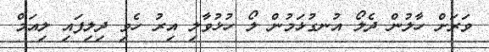
ވަަރަށް ހާލުން ދެލޯ އުނގުޅަމުން ލޯ ހުޅުވާލި އިރު ހެވި ދިިލިފައި ލިއަމް